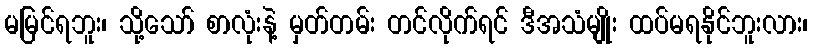
မမြင်ရဘူး၊ သို့သော် စာလုံးနဲ့ မှတ်တမ်း တင်လိုက်ရင် ဒီအသံမျိုး ထပ်မရနိုင်ဘူးလား၊